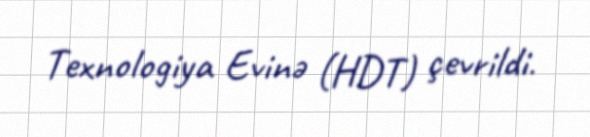
Texnologiya Evinə (HDT) çevrildi.